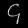
Digit: ၄